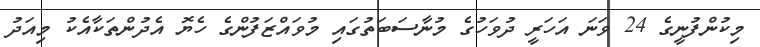
މިކުންފުނީގެ 24 ވަނަ އަހަރީ ދުވަހުގެ މުނާސަބަތުގައި މުވައްޒަފުންގެ ހެޔޮ އެދުންތަކާއެކު މިއަދު